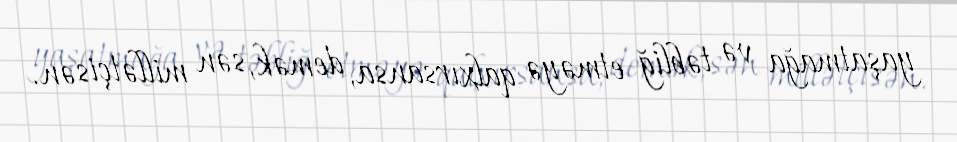
yaşatmağa və təbliğ etməyə qalxırsansa, demək, sən millətçisən.